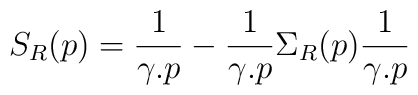
S_R(p)=\frac{1}{\gamma.p}-\frac{1}{\gamma.p}\Sigma_R(p)\frac{1}{\gamma.p}